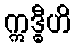
ဣဒ္ဓီဟိ